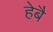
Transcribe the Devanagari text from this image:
हेबै